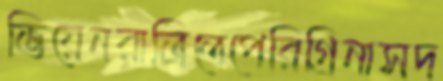
ভিয়েনরাত্রিতেপেরিগ্রিনাসদ